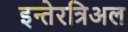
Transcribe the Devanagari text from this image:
इन्तेरत्रिअल